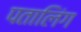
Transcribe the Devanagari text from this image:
पतालिंग